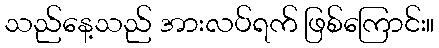
သည်နေ့သည် အားလပ်ရက် ဖြစ်ကြောင်း။